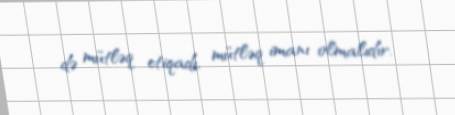
də mütləq etiqadı, mütləq imanı olmalıdır.